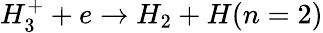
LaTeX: H_{3}^{+}+e\rightarrow H_{2}+H(n=2)